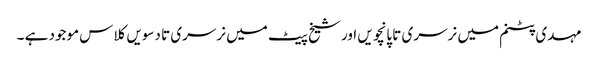
مہدی پٹنم میں نرسری تا پانچویں اور شیخ پیٹ میں نرسری تا دسویں کلاس موجود ہے ۔